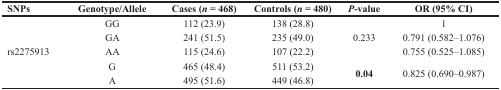
| SNPs | Genotype/Allele | Cases (n = 468) | Controls (n = 480) | P-value | OR (95% CI) |
 | --- | --- | --- | --- | --- | --- |
 |  | GG | 112 (23.9) | 138 (28.8) |  | 1 |
 |  | GA | 241 (51.5) | 235 (49.0) | 0.233 | 0.791 (0.582–1.076) |
 | rs2275913 | AA | 115 (24.6) | 107 (22.2) |  | 0.755 (0.525–1.085) |
 |  | G | 465 (48.4) | 511 (53.2) | <ROWSPAN=2> 0.04 | <ROWSPAN=2> 0.825 (0.690–0.987) |
 |  | A | 495 (51.6) | 449 (46.8) |